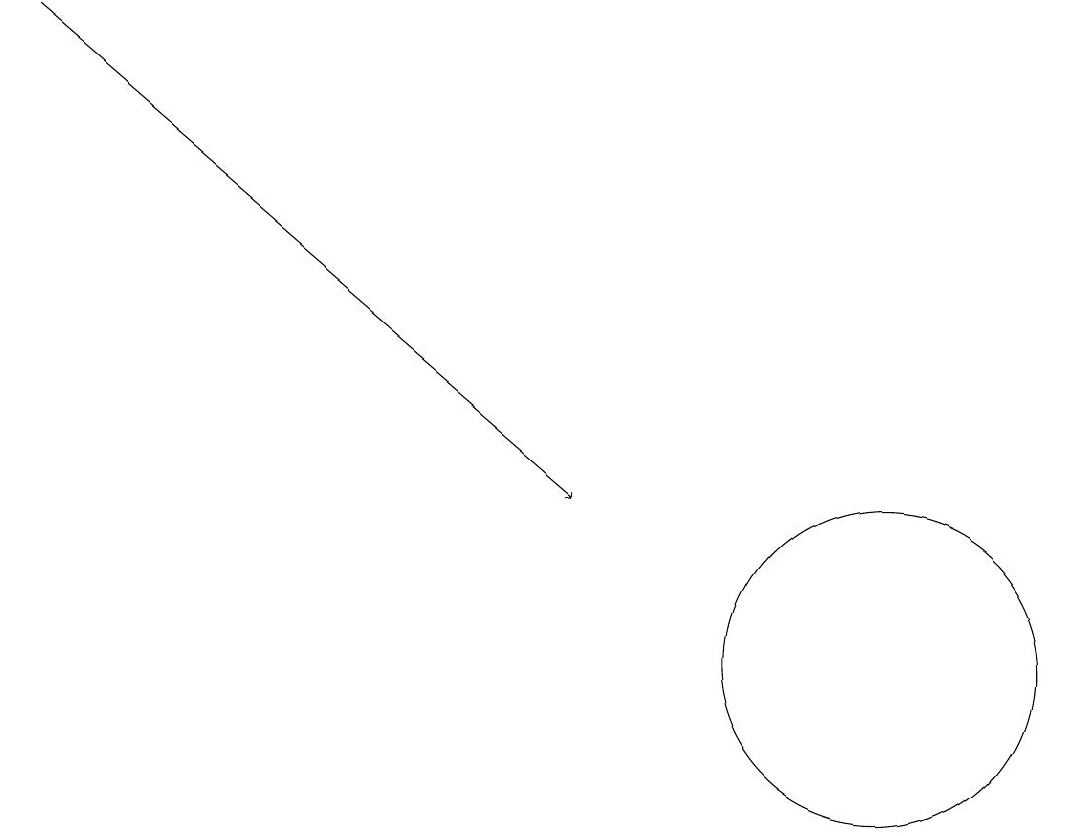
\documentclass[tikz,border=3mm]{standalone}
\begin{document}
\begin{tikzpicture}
\draw[->] (0,18) -- (7,12);
\draw (11,10) circle (2);
\draw (10,12) circle (0);
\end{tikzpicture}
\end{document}